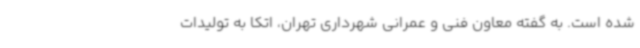
شده است. به گفته معاون فنی و عمرانی شهرداری تهران، اتکا به تولیدات